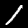
Label: 1